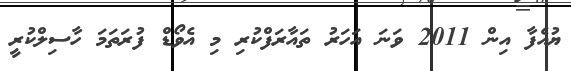
ޔުއެފާ އިން 2011 ވަނަ އަހަރު ތައާރަފްކުރި މި އެވޯޑް ފުރަތަމަ ހާސިލްކުރީ